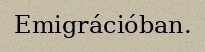
Emigrációban.